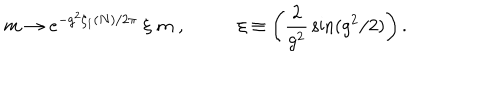
m \rightarrow e ^ { - g ^ { 2 } \zeta _ { 1 } ( N ) / 2 \pi } \; \xi \; m \; , \; \xi \equiv \left( \frac 2 { g ^ { 2 } } \, \sin ( g ^ { 2 } / 2 ) \right) .